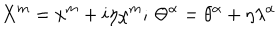
X ^ { m } = x ^ { m } + i \eta \chi ^ { m } ; \, \Theta ^ { \alpha } = \theta ^ { \alpha } + \eta \lambda ^ { \alpha }